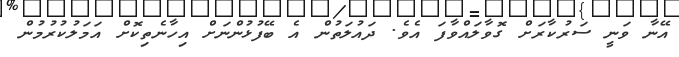
އޭނާ ވަނީ ސަރުކާރަށް ގޮވާލައްވާފަ އެވެ. ދައުލަތުން އެ ބޭފުޅުންނަށް އިހާނެތިކޮށް އަމަލުކުރުމުން